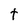
Character: t